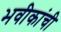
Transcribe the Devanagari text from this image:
भवीकांची